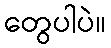
တွေပါပဲ။